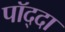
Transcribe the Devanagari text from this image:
पॉद्दा